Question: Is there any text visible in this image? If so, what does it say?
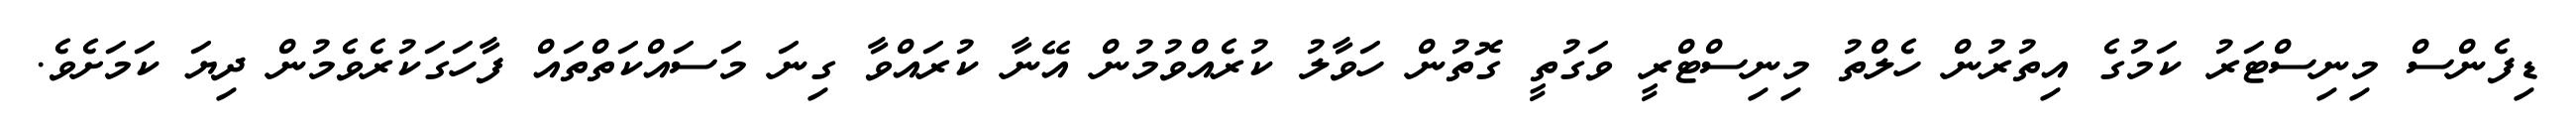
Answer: ޑިފެންސް މިނިސްޓަރު ކަމުގެ އިތުރުން ހެލްތު މިނިސްޓްރީ ވަގުތީ ގޮތުން ހަވާލު ކުރެއްވުމުން އޭނާ ކުރައްވާ ގިނަ މަސައްކަތްތައް ފާހަގަކުރެވެމުން ދިޔަ ކަމަށެވެ.